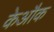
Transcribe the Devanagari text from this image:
केऔक